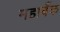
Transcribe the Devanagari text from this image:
महाबँक